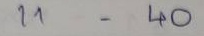
11 - 40